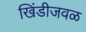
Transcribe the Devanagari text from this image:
खिंडीजवळ